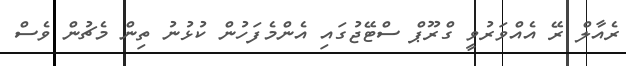
ރެއާލް ރޭ އެއްވަރުވީ ގްރޫޕް ސްޓޭޖުގައި އެންމެފަހުން ކުޅުނު ތިން މެޗުން ވެސް